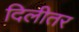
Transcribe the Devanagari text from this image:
दिलीतर